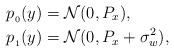
LaTeX: \begin{align*}p_{_0}(y) &= \mathcal{N}(0, P_x),\\p_{_1}(y) &= \mathcal{N}(0, P_x + \sigma_w^2), \end{align*}